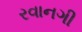
રવાનગી